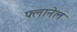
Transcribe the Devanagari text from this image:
फ्लानेल